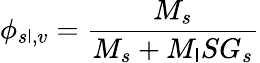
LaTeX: \phi_{s\mathsf{l},v}={\frac{{M_{s}}}{{M_{s}+M_{\mathsf{l}}SG_{s}}}}